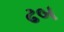
ઢબ